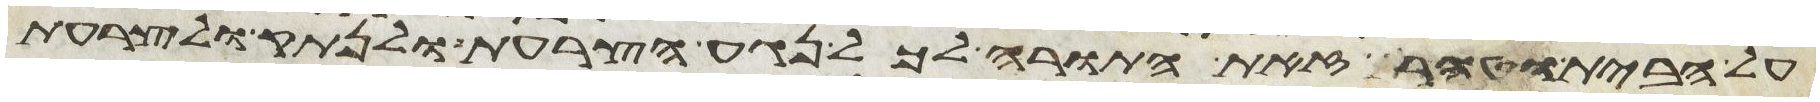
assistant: על הבית וטהר זאת התורה לכל נגע הצרעת ולנתק ולצרעת